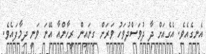
އެނގެއެވެ. އެގެއަށް ދާ ދުވަސްދުވަހު ވަރަށް ގިނައިން ރީހާންއާ އޭނަ ވަނީ ދިމާފައެވެ.